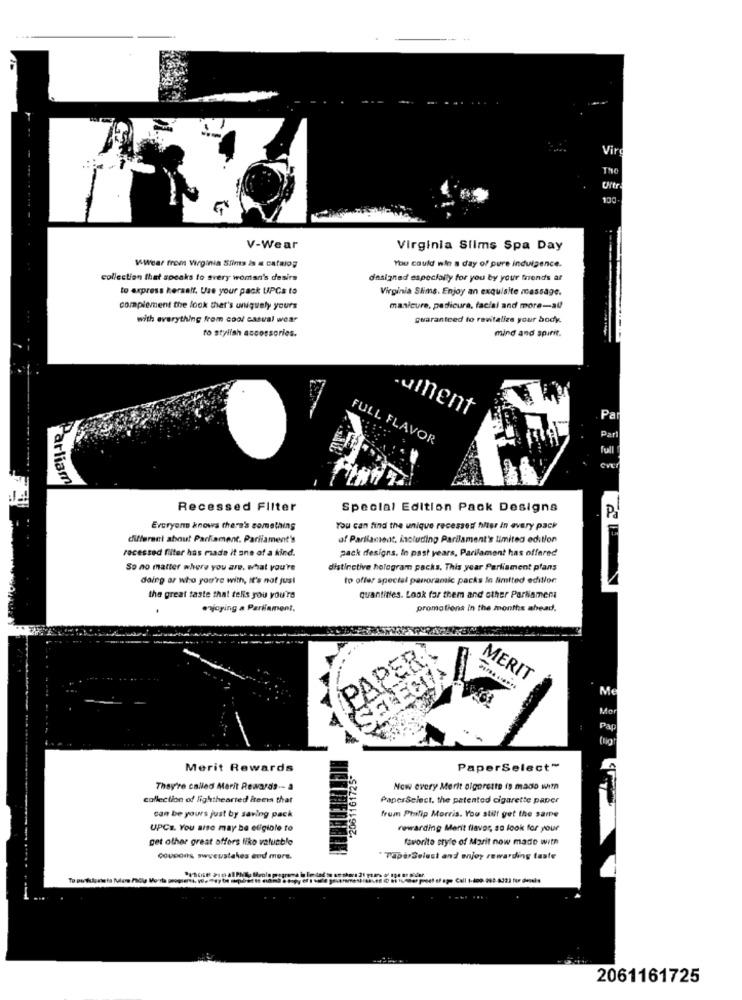
Vir
The
Uitr
DO
V-Wear
Virginia Slims Spa Day
V-Wear from Virginia Slims is a catalog
You could win a day of pure indulgence.
collection that speaks to svery woman's desirs
dasigned especially for you by your friends ar
to express kerself. Use your pack UPGs to
Virginia Stima. Enjoy an exquisite massage.
complement the look ther's uniquely yours
manicure, pedicure, facial and more-au
with everything from cool casual wear
guaranteed to revitaliza your body.
to stylish accessories.
mind and spirit.
-ument
Pa
Part
FULL FLAVOR
full
CVE
Farliam
Recessed Filter
Special Edition Pack Designs
P
-
Everyone knows there's something
You can find the unique recessed holter in every pack
different about Parliament. Parilament's
of Parliament, including Parilament's limited edition
recessed filter has made it one of a kind.
pack designs. In past years, Parilament has offered
So no matter where you are. what you're
distinctive hologram packs. This year Parliament plans
daing or who you're with, it's not just
to offer special panoramic packs lo limited edition
the great taste that tells you you're
quantities. Look for them and other Parliament
orjoring a Parliament.
promotions in the months ahead.
MERIT
SELECT
Me
Mor
Pap
(lig
Merit Rewards
'2061161725-
PaperSelect™
They're called Marit Rewards -- a
Now every Merit algorette is mado with
collection of lighthearted items that
PaperSelect. the patented cigarette paper
can be yours just by saving pack
frum Philip Morris. You still get the same
UPCs. You aise may be eligible to
rewarding Merit flavor, so look for your
get other great offers liko valuable
favorite style of Marit now made with
Coupons swyeustakes end mors.
"TaperSelest and enjoy rewarding taste
2061161725